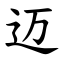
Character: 迈